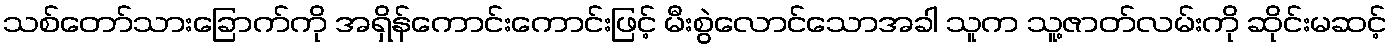
သစ်တော်သားခြောက်ကို အရှိန်ကောင်းကောင်းဖြင့် မီးစွဲလောင်သောအခါ သူက သူ့ဇာတ်လမ်းကို ဆိုင်းမဆင့်